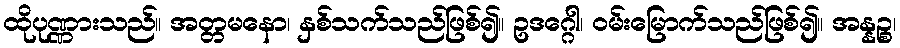
ထိုပုဏ္ဏားသည်။ အတ္တမနော၊ နှစ်သက်သည်ဖြစ်၍။ ဥဒဂ္ဂေါ၊ ဝမ်းမြောက်သည်ဖြစ်၍။ အန္နဉ္စ၊